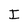
Character: I